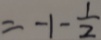
= - 1 - \frac { 1 } { 2 }